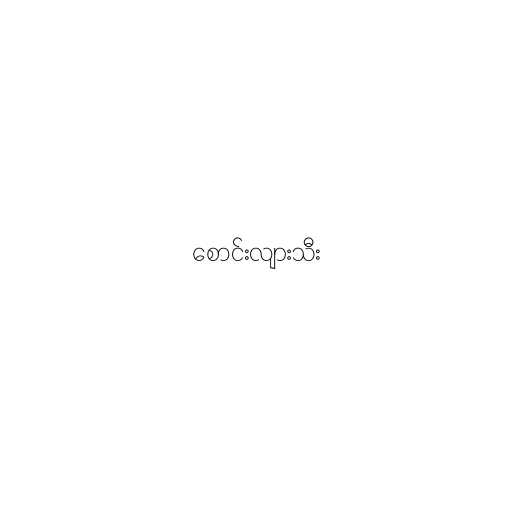
စောင်းလျားသီး